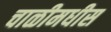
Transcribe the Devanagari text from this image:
चाळीमधीस